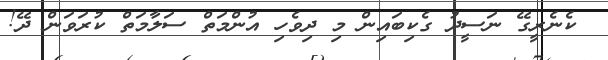
ކެނެރީގޭ ނަސީދު ގެކިބައިން މި ދިވެހި އުންމަތް ސަލާމަތް ކުރަވަން ދޭ!